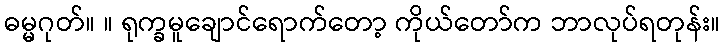
ဓမ္မဂုတ်။ ။ ရုက္ခမူချောင်ရောက်တော့ ကိုယ်တော်က ဘာလုပ်ရတုန်း။